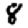
Digit: 8